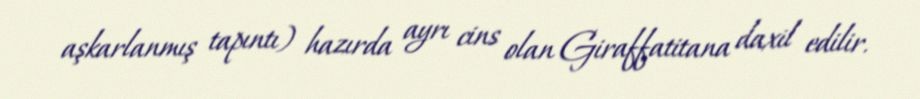
aşkarlanmış tapıntı) hazırda ayrı cins olan Giraffatitana daxil edilir.